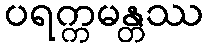
ပရက္ကမန္တဿ